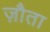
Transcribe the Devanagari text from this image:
ज़ौता